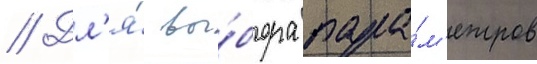
// Дл'я́ вы́бора пара́м'етров